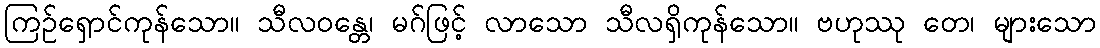
ကြဉ်ရှောင်ကုန်သော။ သီလဝန္တေ၊ မဂ်ဖြင့် လာသော သီလရှိကုန်သော။ ဗဟုဿု တေ၊ များသော